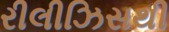
રીલીઝિસથી